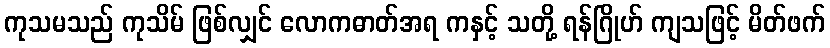
ကုသမသည် ကုသိမ် ဖြစ်လျှင် လောကဓာတ်အရ ကနှင့် သတို့ ရန်ဂြိုဟ် ကျသဖြင့် မိတ်ဖက်